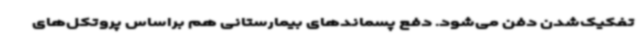
تفکیک‌شدن دفن می‌شود. دفع پسماندهای بیمارستانی هم براساس پروتکل‌های